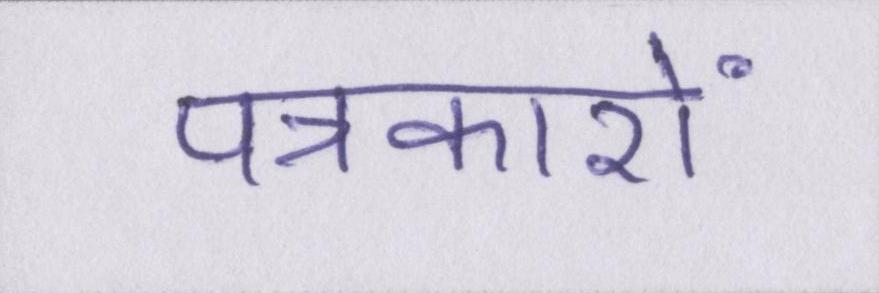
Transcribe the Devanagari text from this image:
पत्रकारों